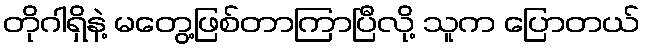
တိုဂါရှိနဲ့ မတွေ့ဖြစ်တာကြာပြီလို့ သူက ပြောတယ်